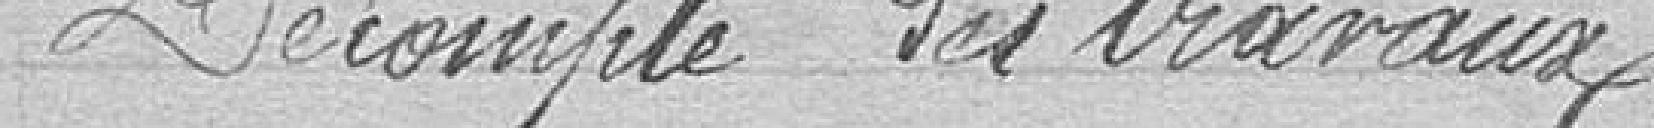
Décompte des travaux